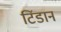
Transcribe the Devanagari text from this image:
टिंडान